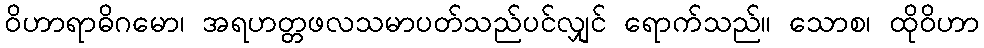
ဝိဟာရာဓိဂမော၊ အရဟတ္တဖလသမာပတ်သည်ပင်လျှင် ရောက်သည်။ သောစ၊ ထိုဝိဟာ